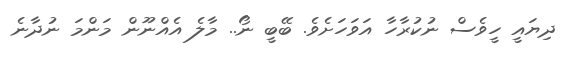
ދިޔައީ ހީވެސް ނުކުރާހާ އަވަހަށެވެ. ބޭބީ ނޯ.. މާލެ އެއްނޫން މަންމަ ނުދާނެ